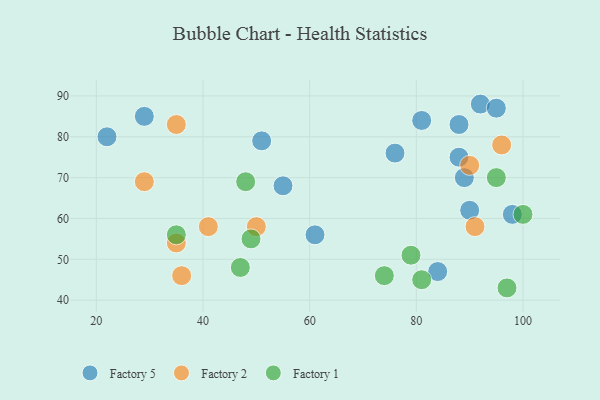
{"axis": {"x": "GDP", "y": "Life Expectancy"}, "legend": ["Factory 1", "Factory 2", "Factory 5"], "data": [{"x": "22", "y": 80, "type": "Factory 5"}, {"x": "89", "y": 70, "type": "Factory 5"}, {"x": "88", "y": 83, "type": "Factory 5"}, {"x": "92", "y": 88, "type": "Factory 5"}, {"x": "76", "y": 76, "type": "Factory 5"}, {"x": "88", "y": 75, "type": "Factory 5"}, {"x": "51", "y": 79, "type": "Factory 5"}, {"x": "81", "y": 84, "type": "Factory 5"}, {"x": "95", "y": 87, "type": "Factory 5"}, {"x": "84", "y": 47, "type": "Factory 5"}, {"x": "29", "y": 85, "type": "Factory 5"}, {"x": "55", "y": 68, "type": "Factory 5"}, {"x": "90", "y": 62, "type": "Factory 5"}, {"x": "61", "y": 56, "type": "Factory 5"}, {"x": "98", "y": 61, "type": "Factory 5"}, {"x": "29", "y": 69, "type": "Factory 2"}, {"x": "96", "y": 78, "type": "Factory 2"}, {"x": "36", "y": 46, "type": "Factory 2"}, {"x": "90", "y": 73, "type": "Factory 2"}, {"x": "41", "y": 58, "type": "Factory 2"}, {"x": "50", "y": 58, "type": "Factory 2"}, {"x": "35", "y": 54, "type": "Factory 2"}, {"x": "91", "y": 58, "type": "Factory 2"}, {"x": "35", "y": 83, "type": "Factory 2"}, {"x": "35", "y": 56, "type": "Factory 1"}, {"x": "48", "y": 69, "type": "Factory 1"}, {"x": "100", "y": 61, "type": "Factory 1"}, {"x": "79", "y": 51, "type": "Factory 1"}, {"x": "95", "y": 70, "type": "Factory 1"}, {"x": "81", "y": 45, "type": "Factory 1"}, {"x": "49", "y": 55, "type": "Factory 1"}, {"x": "97", "y": 43, "type": "Factory 1"}, {"x": "74", "y": 46, "type": "Factory 1"}, {"x": "47", "y": 48, "type": "Factory 1"}]}